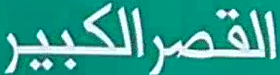
القصر الكبير